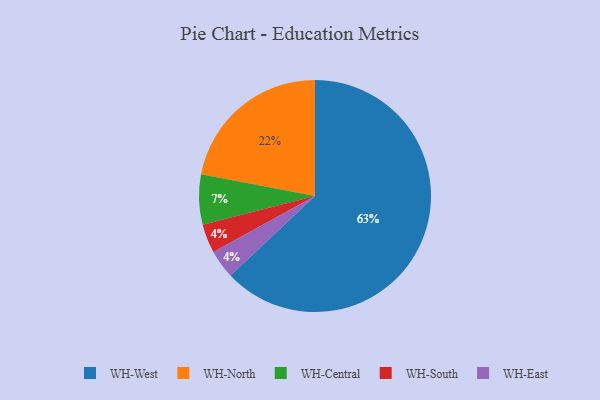
{"axis": {"x": "Category", "y": "Percentage"}, "legend": ["WH-Central", "WH-East", "WH-North", "WH-South", "WH-West"], "data": [{"x": "WH-Central", "y": 7, "type": "WH-Central"}, {"x": "WH-South", "y": 4, "type": "WH-South"}, {"x": "WH-East", "y": 4, "type": "WH-East"}, {"x": "WH-North", "y": 22, "type": "WH-North"}, {"x": "WH-West", "y": 63, "type": "WH-West"}]}